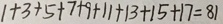
1 + 3 + 5 + 7 + 9 + 1 1 + 1 3 + 1 5 + 1 7 = 8 1